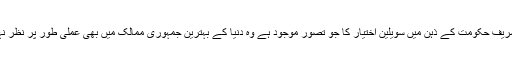
نواز شریف حکومت کے ذہن میں سویلین اختیار کا جو تصور موجود ہے وہ دنیا کے بہترین جمہوری ممالک میں بھی عملی طور پر نظر نہیں آتا۔